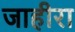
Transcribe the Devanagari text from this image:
जाहीरा